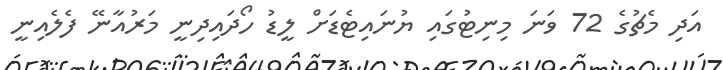
އަދި މެޗުގެ 72 ވަނަ މިނިޓުގައި ޔުނައިޓެޑަށް ލީޑު ހޯދައިދިނީ މަރުއާނޭ ފެލެއިނީ